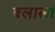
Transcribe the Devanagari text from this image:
बलाला